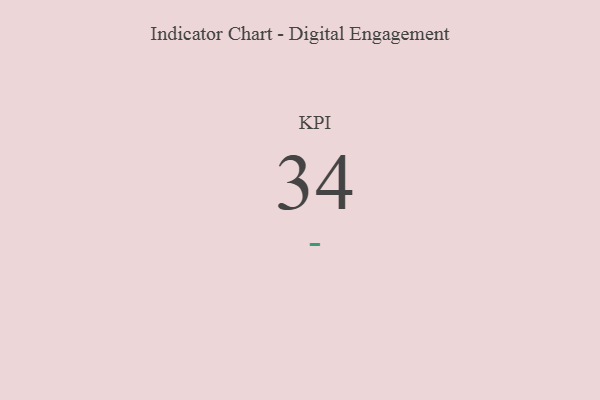
{"axis": {"x": "KPI", "y": "Value"}, "legend": [""], "data": [{"x": "KPI", "y": 34, "type": ""}]}